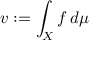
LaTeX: v : = \int _ { X } f \, d \mu